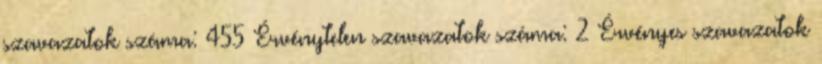
szavazatok száma: 455 Érvénytelen szavazatok száma: 2 Érvényes szavazatok